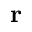
\textbf { r }